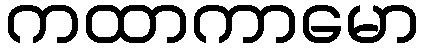
ကထာကာမော